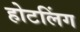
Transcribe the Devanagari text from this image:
होटलिंग